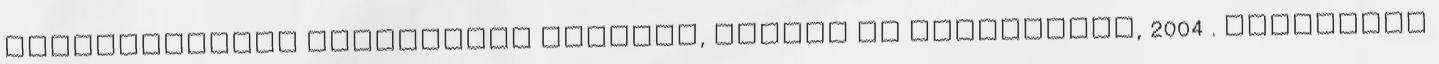
párválasztási stratégiát Simpson, Wilson és Winterheld, 2004 . Evolúciós